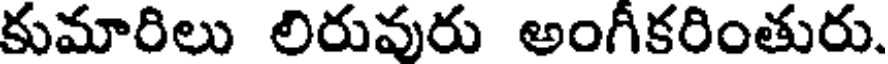
కుమారిలు లిరువురు అంగీకరింతురు.